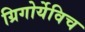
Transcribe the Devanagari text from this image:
ग्रिगोर्येविच